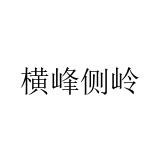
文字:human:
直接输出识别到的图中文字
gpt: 横峰侧岭